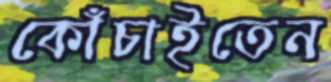
কোঁচাইতেন